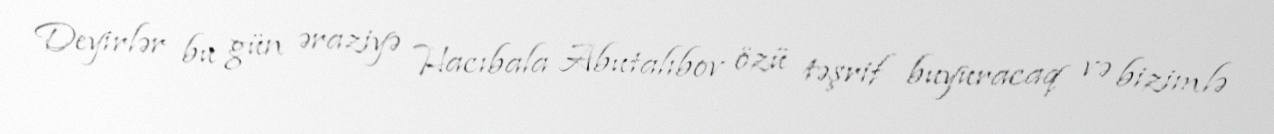
Deyirlər bu gün əraziyə Hacıbala Abutalıbov özü təşrif buyuracaq və bizimlə